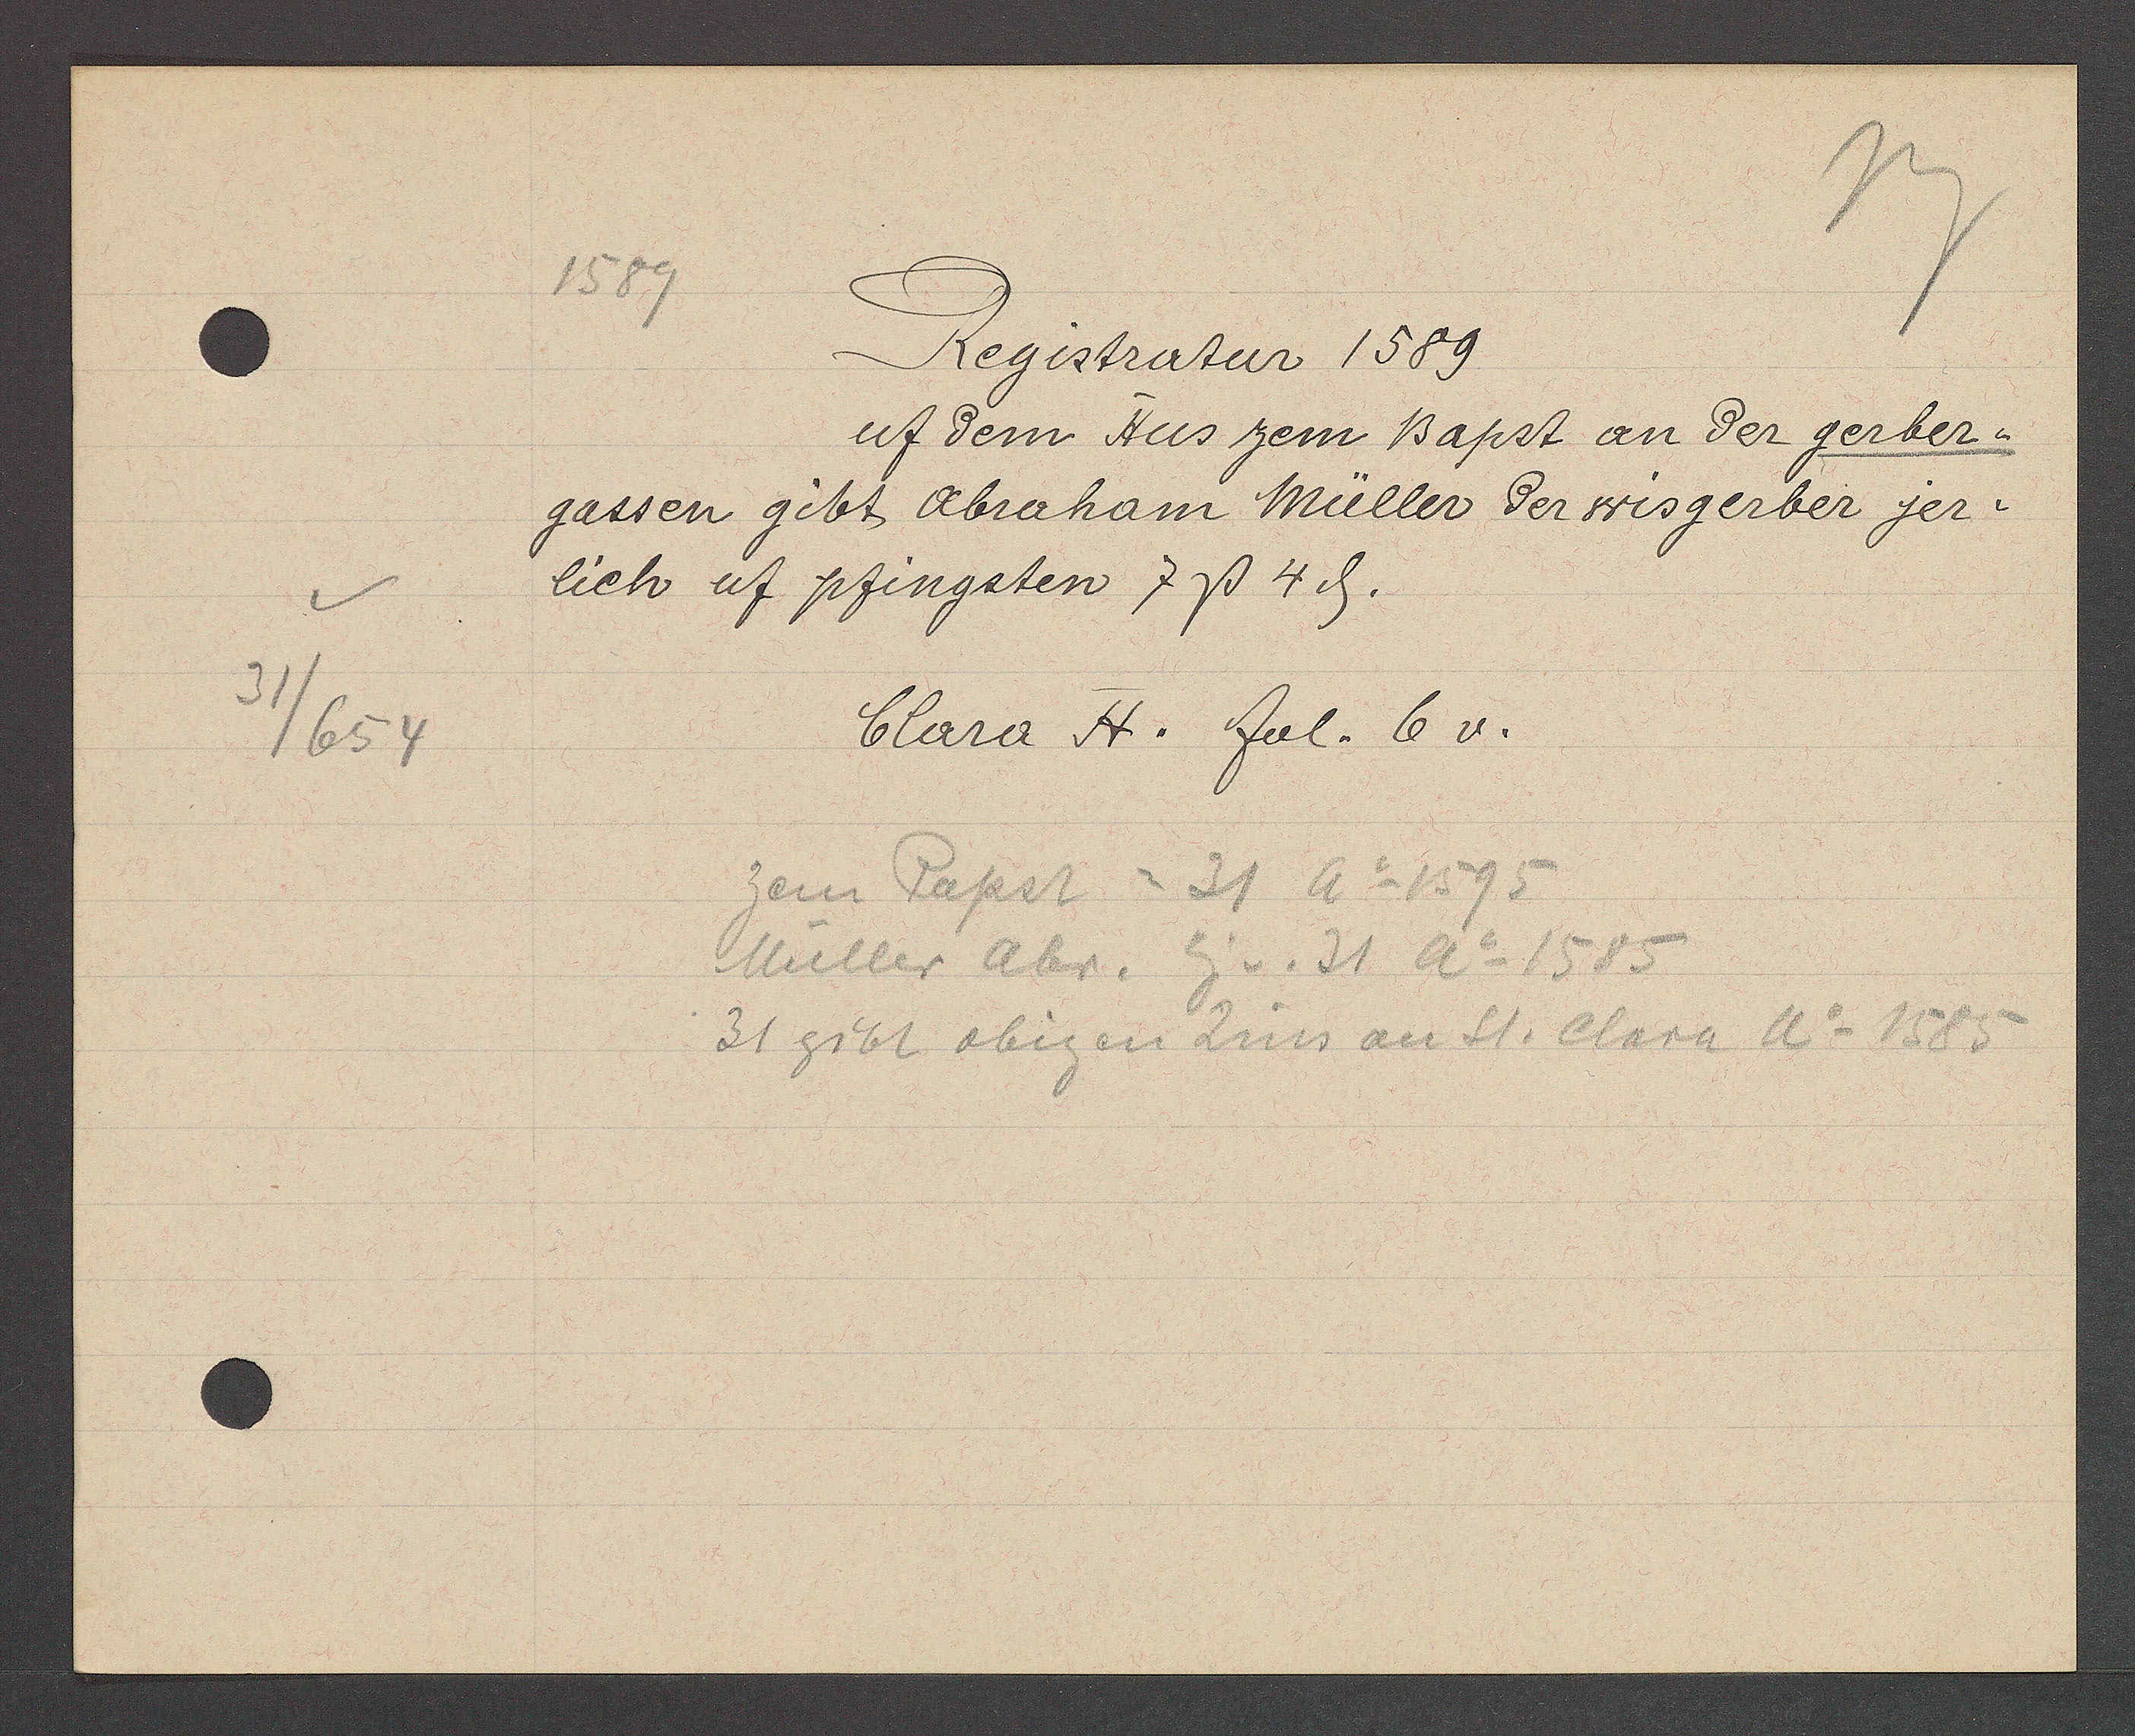
Transcript:
31/654

1589

Registratur 1589
uf dem Hus zem Bapst an der gerber¬
gassen gibt Abraham Müller der wisgerber jer¬
lich uf pfingsten 7ß 4ȡ.

Clara H. fol. 6v.

zem Papst = 31 Ao 1595
Müller Abr. Eig v. 31 Ao 1585
31 gibt obigen Zins an St. Clara Ao 1585